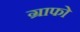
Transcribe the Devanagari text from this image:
ग्राफो